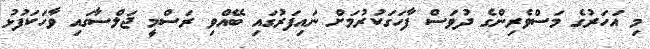
މި އަހަރުގެ މަސްވެރިންގެ ދުވަސް ފާހަގަކުރުމަށް ނައިފަރުގައި ބޭއްވި ރަސްމީ ޖަލްސާގައި ވާހަކަފުޅު